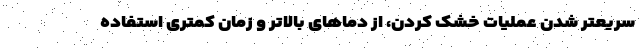
سریعتر شدن عملیات خشک کردن، از دماهای بالاتر و زمان کمتری استفاده